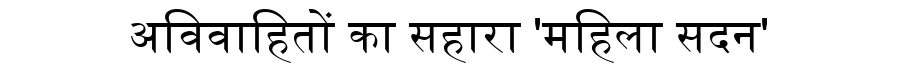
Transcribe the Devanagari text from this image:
अविवाहितों का सहारा 'महिला सदन'